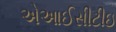
એઆઈસીટીઇ